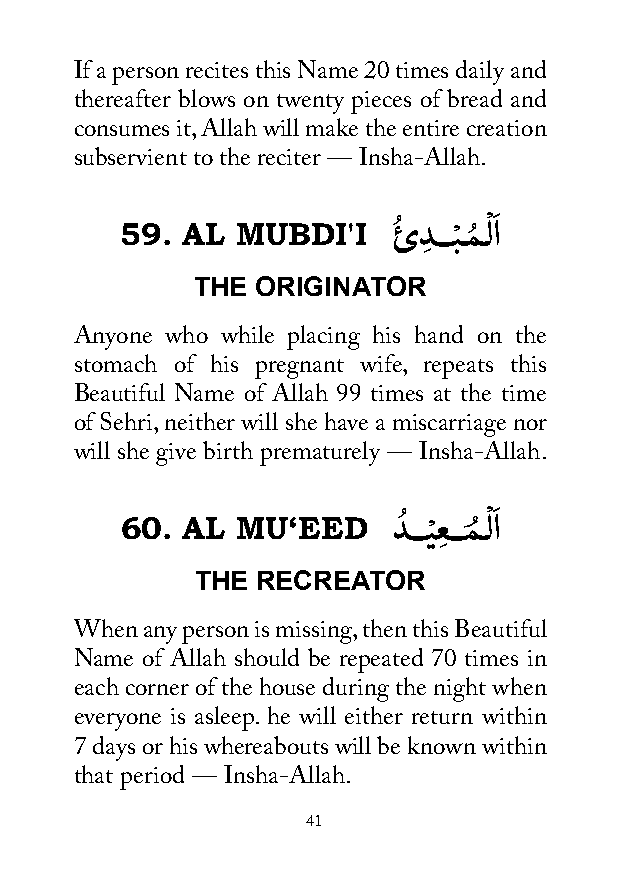
If a person recites this Name 20 times daily and
 thereafter blows on twenty pieces of bread and
 consumes it, Allah will make the entire creation
 subservient to the reciter — Insha-Allah.
 59. AL  MUBDI'I   ئُ دِ ـــبْ ــمُ ـْ لاَ
 THE ORIGINATOR
 Anyone who while placing his hand on the
 stomach of his pregnant wife, repeats this
 Beautiful Name of Allah 99 times at the time
 of Sehri, neither will she have a miscarriage nor
 will she give birth prematurely — Insha-Allah.
 60. AL  MU‘EED    دُ ـــيْ عِ ـــمُ ـْ لاَ
 THE RECREATOR
 When any person is missing, then this Beautiful
 Name of Allah should be repeated 70 times in
 each corner of the house during the night when
 everyone is asleep. he will either return within
 7 days or his whereabouts will be known within
 that period — Insha-Allah.
 41